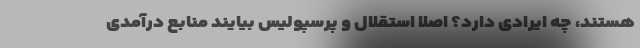
هستند، چه ایرادی دارد؟ اصلا استقلال و پرسپولیس بیایند منابع درآمدی